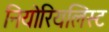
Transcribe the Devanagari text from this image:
नियोरियलिस्ट